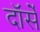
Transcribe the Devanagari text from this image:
दॉर्से